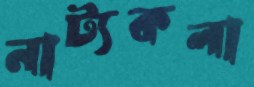
নাট্যকলা